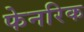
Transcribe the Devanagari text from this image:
फेनरिक